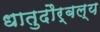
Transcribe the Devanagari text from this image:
धातुदौर्बल्य